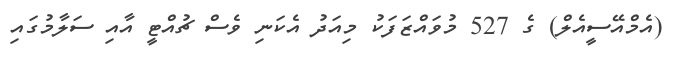
(އެމްއޭސީއެލް) ގެ 527 މުވައްޒަފަކު މިއަދު އެކަނި ވެސް ޗުއްޓީ އާއި ސަލާމުގައި